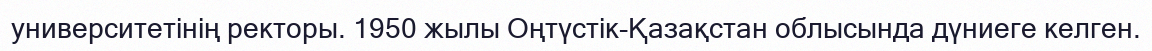
университетінің ректоры. 1950 жылы Оңтүстік-Қазақстан облысында дүниеге келген.